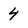
Character: 4